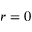
r = 0